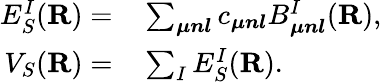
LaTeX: \begin{array}{rl}{E_{S}^{I}({\mathbf R})=}&{{}\sum_{\boldsymbol{\mu nl}}c_{\boldsymbol{\mu nl}}B_{\boldsymbol{\mu nl}}^{I}({\mathbf R}),}\\ {V_{S}({\mathbf R})=}&{{}\sum_{I}E_{S}^{I}({\mathbf R}).}\end{array}